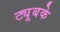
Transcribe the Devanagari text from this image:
ट्यूबके